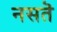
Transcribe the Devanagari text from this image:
नसतॆ